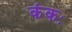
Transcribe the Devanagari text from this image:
कंकः